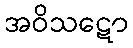
အဝိသဋော